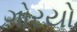
ગોરયો